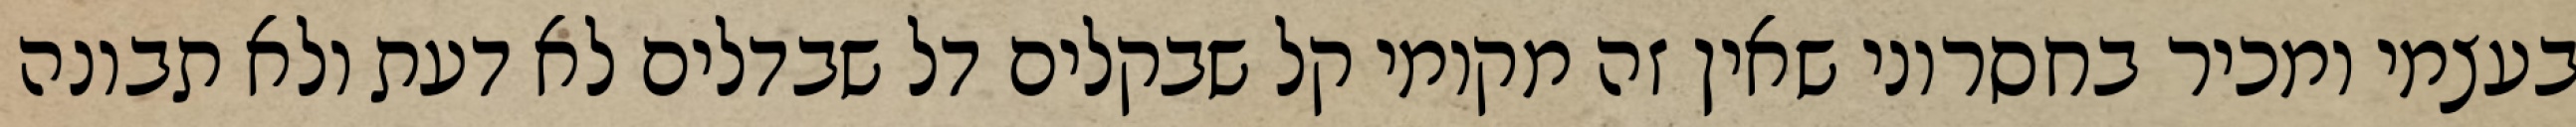
בעצמי ומכיר בחסרוני שאין זה מקומי קל שבקלים דל שבדלים לא דעת ולא תבונה